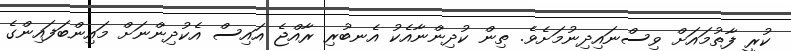
ކުރީ ފާތުމައަށް ވިސްނައިދިނުމަށެވެ. ތިން ކުދިންނާއެކު އެނބުރި ރާއްޖެ އައިސް އެކުދިންނަށް މައިންބަފައިންގެ